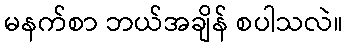
မနက်စာ ဘယ်အချိန် စပါသလဲ။